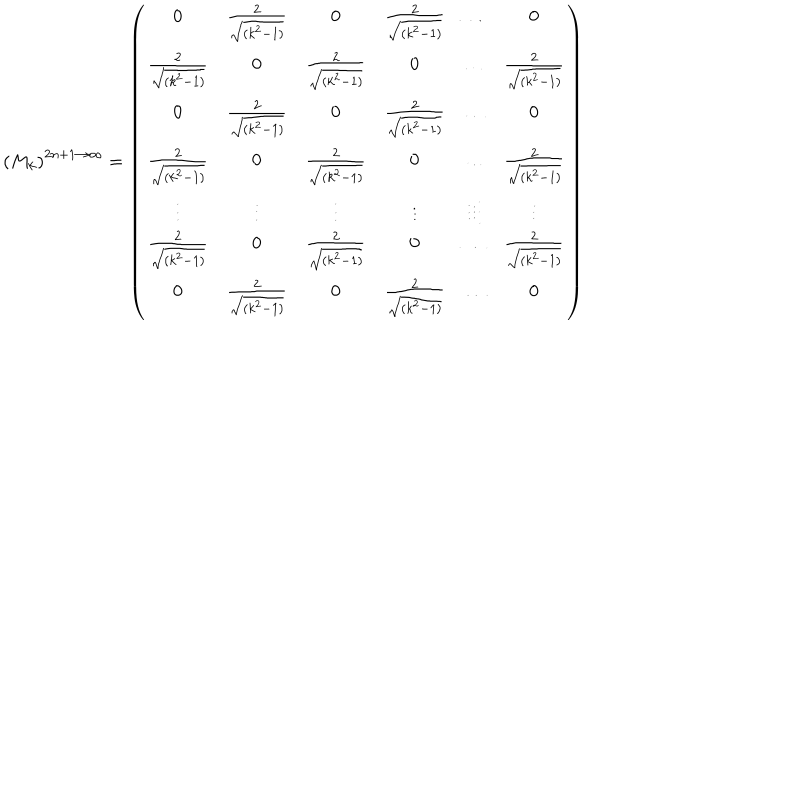
\left( M _ { k } \right) ^ { 2 n + 1 \rightarrow \infty } = \left( \begin{array} { c c c c c c } { { 0 } } & { { \frac 2 { \sqrt { ( k ^ { 2 } - 1 ) } } } } & { { 0 } } & { { \frac 2 { \sqrt { ( k ^ { 2 } - 1 ) } } } } & { { \ldots } } & { { 0 } } \\ { { \frac 2 { \sqrt { ( k ^ { 2 } - 1 ) } } } } & { { 0 } } & { { \frac 2 { \sqrt { ( k ^ { 2 } - 1 ) } } } } & { { 0 } } & { { \ldots } } & { { \frac 2 { \sqrt { ( k ^ { 2 } - 1 ) } } } } \\ { { 0 } } & { { \frac 2 { \sqrt { ( k ^ { 2 } - 1 ) } } } } & { { 0 } } & { { \frac 2 { \sqrt { ( k ^ { 2 } - 1 ) } } } } & { { \ldots } } & { { 0 } } \\ { { \frac 2 { \sqrt { ( k ^ { 2 } - 1 ) } } } } & { { 0 } } & { { \frac 2 { \sqrt { ( k ^ { 2 } - 1 ) } } } } & { { 0 } } & { { \ldots } } & { { \frac 2 { \sqrt { ( k ^ { 2 } - 1 ) } } } } \\ { { \vdots } } & { { \vdots } } & { { \vdots } } & { { \vdots } } & { { \vdots \vdots \vdots } } & { { \vdots } } \\ { { \frac 2 { \sqrt { ( k ^ { 2 } - 1 ) } } } } & { { 0 } } & { { \frac 2 { \sqrt { ( k ^ { 2 } - 1 ) } } } } & { { 0 } } & { { \ldots } } & { { \frac 2 { \sqrt { ( k ^ { 2 } - 1 ) } } } } \\ { { 0 } } & { { \frac 2 { \sqrt { ( k ^ { 2 } - 1 ) } } } } & { { 0 } } & { { \frac 2 { \sqrt { ( k ^ { 2 } - 1 ) } } } } & { { \ldots } } & { { 0 } } \\ \end{array} \right)